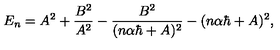
E _ { n } = A ^ { 2 } + \frac { B ^ { 2 } } { A ^ { 2 } } - \frac { B ^ { 2 } } { ( n \alpha \hbar + A ) ^ { 2 } } - ( n \alpha \hbar + A ) ^ { 2 } ,